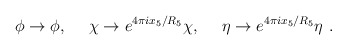
\begin{align*}\phi \rightarrow \phi,~~~~\chi\rightarrow e^{4\pi i x_5/R_5} \chi,~~~~\eta\rightarrow e^{4\pi i x_5/R_5}\eta\ .\end{align*}